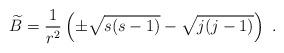
LaTeX: \begin{align*}\widetilde{B}=\frac{1}{r^2}\left(\pm \sqrt{s(s-1)}-\sqrt{j(j-1)}\right)~.\end{align*}